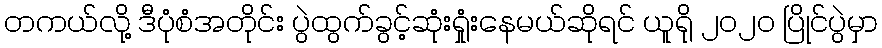
တကယ်လို့ ဒီပုံစံအတိုင်း ပွဲထွက်ခွင့်ဆုံးရှုံးနေမယ်ဆိုရင် ယူရို ၂၀၂၀ ပြိုင်ပွဲမှာ